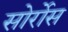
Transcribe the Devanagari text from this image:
सोर्रोस